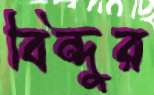
বিন্দুর